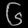
Digit: ၆